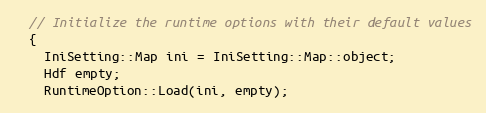
Language: C++
  // Initialize the runtime options with their default values
  {
    IniSetting::Map ini = IniSetting::Map::object;
    Hdf empty;
    RuntimeOption::Load(ini, empty);